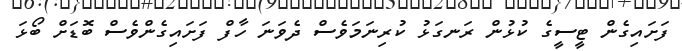
ފަށައިގެން ޓީސީގެ ކުޅުން ރަނގަޅު ކުރިނަމަވެސް ދެވަނަ ހާފް ފަށައިގެންވެސް ބޮޑަށް ބޯޅަ